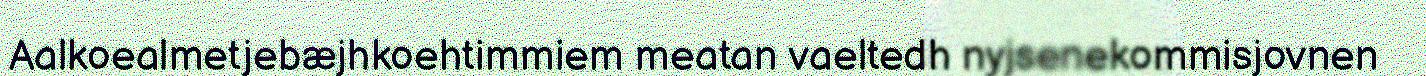
Aalkoealmetjebæjhkoehtimmiem meatan vaeltedh nyjsenekommisjovnen